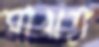
মাখত